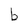
Character: b